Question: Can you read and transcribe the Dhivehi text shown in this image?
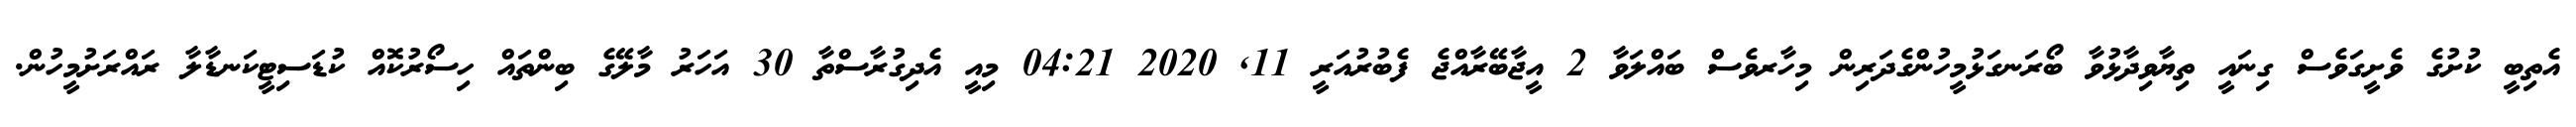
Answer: އެތިބީ ކުށުގެ ވެށީގަވެސް ގިނައީ ތިޔާވިދާޅުވާ ބޯރަނގަޅުމީހުންގެދަރިން މިހާރވެސް ބައްލަވާ 2 އީޖާބޭރާއްޖެ ފެބުރުއަރީ 11, 2020 04:21 މިއީ އެދިގުރާސްތާ 30 އަހަރު މާލޭގެ ބިންތައް ހިސޯރުކޮއް ކުޑަސިޓީކަނޑާލާ ރައްރަށުމީހުން.